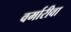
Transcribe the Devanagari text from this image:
वर्मारीवा